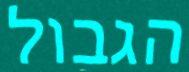
הגבול